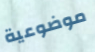
موضوعية